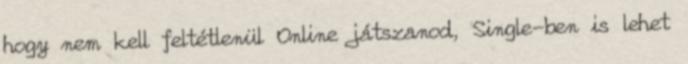
hogy nem kell feltétlenül Online játszanod, Single-ben is lehet